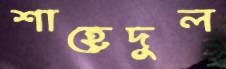
শাহেদুল